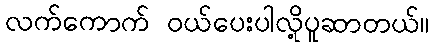
လက်ကောက် ဝယ်ပေးပါလို့ပူဆာတယ်။